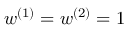
w ^ { ( 1 ) } = w ^ { ( 2 ) } = 1